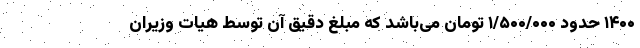
۱۴۰۰ حدود ۱/۵۰۰/۰۰۰ تومان می‌باشد که مبلغ دقیق آن توسط هیات وزیران